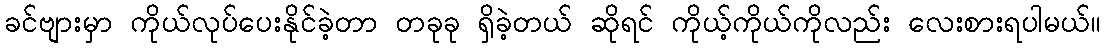
ခင်ဗျားမှာ ကိုယ်လုပ်ပေးနိုင်ခဲ့တာ တခုခု ရှိခဲ့တယ် ဆိုရင် ကိုယ့်ကိုယ်ကိုလည်း လေးစားရပါမယ်။